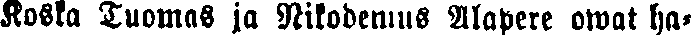
Koska Tuomas ja Nikodemus Alapere owat ha-